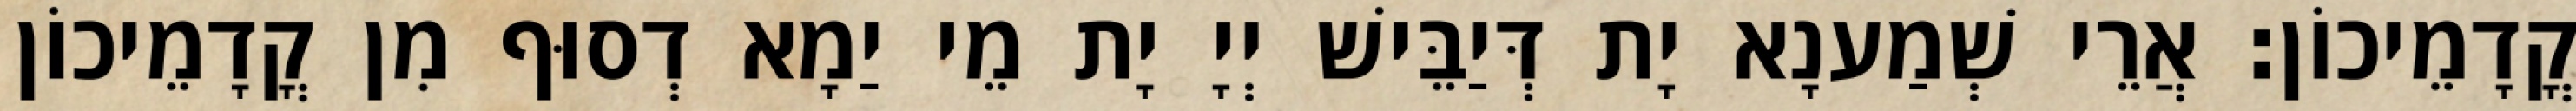
קֳדָמֵיכוֹן׃ אֲרֵי שְׁמַענָא יָת דְּיַבֵּישׁ יְיָ יָת מֵי יַמָא דְסוּף מִן קֳדָמֵיכוֹן